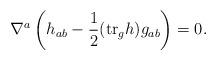
LaTeX: \begin{align*}\nabla^a\left(h_{ab}-\frac{1}{2}(\textup{tr}_g h)g_{ab}\right)=0.\end{align*}